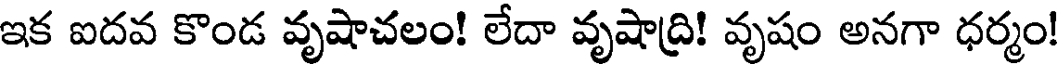
ఇక ఐదవ కొండ వృషాచలం! లేదా వృషాద్రి! వృషం అనగా ధర్మం!